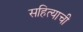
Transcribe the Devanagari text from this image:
सहित्याची